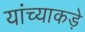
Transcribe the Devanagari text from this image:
यांच्याकड़े